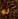
لو